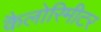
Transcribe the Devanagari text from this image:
कैलोरिमीटर